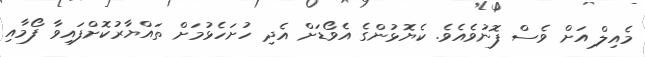
މެއިލް އަށް ވެސް ފޮނުވެއެވެ. ކެޔޮޅުންގެ އެވޯޑަށް އެދި ހުށަހެޅުމަށް ތައްޔާރުކޮށްފައިވާ ފޯމާއި